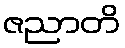
ဇညာတိ